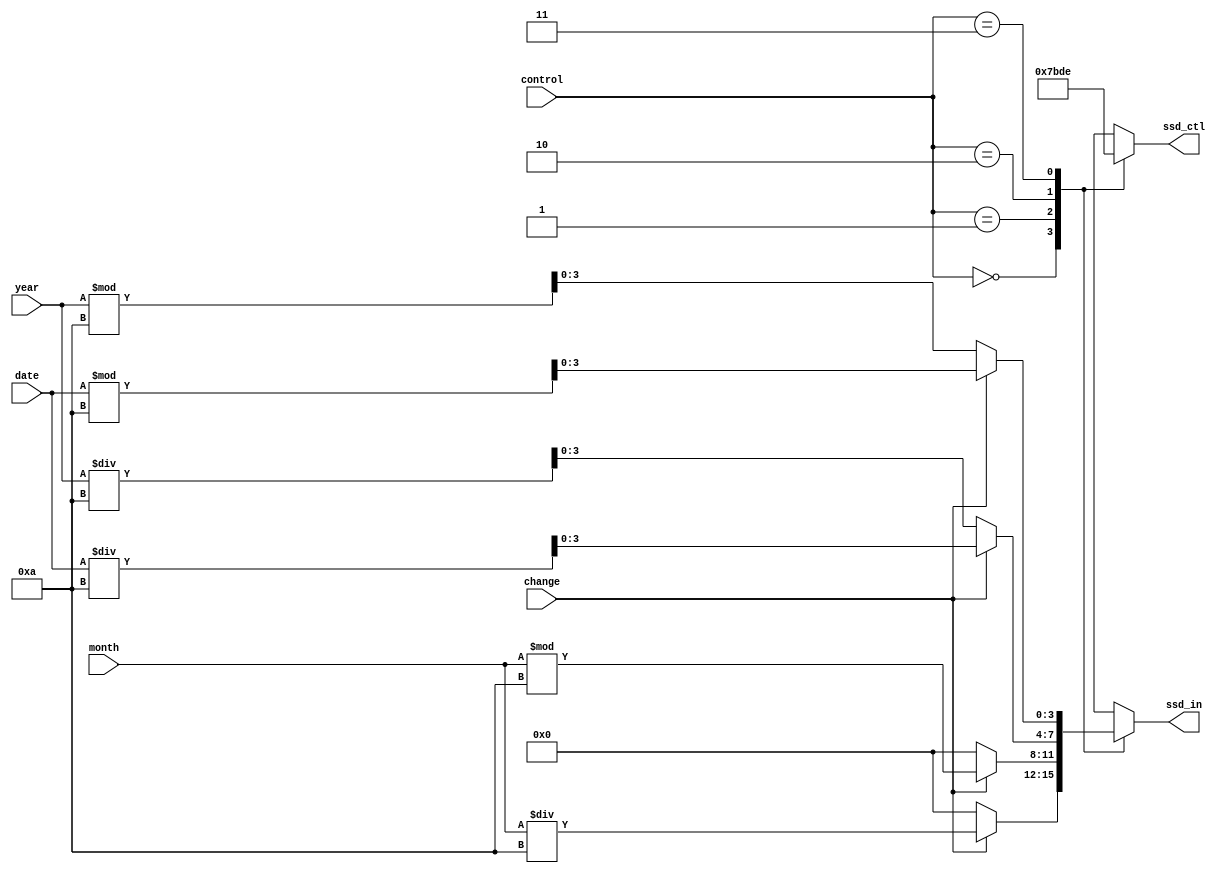
module scan(ssd_ctl, ssd_in, date, month, year, control, change);
    output reg [3:0] ssd_in;
    output reg [3:0] ssd_ctl;
    input change;
    input [4:0]date;
    input [3:0]month;
    input [6:0]year;
    input [1:0] control;
    
    always@*
        case(control)
              2'b00:
                  begin
                      ssd_ctl = 4'b0111;
                      if (change) ssd_in = month / 4'd10;
                      else ssd_in = 4'b0000;
                  end
              2'b01:
                  begin
                      ssd_ctl = 4'b1011;
                      if (change) ssd_in = month % 4'd10;
                      else ssd_in = 4'b0000;
                  end
              2'b10:
                  begin
                      ssd_ctl = 4'b1101;
                      if (change) ssd_in = date / 4'd10;
                      else ssd_in = year / 4'd10;
                  end
              2'b11:
                  begin
                      ssd_ctl = 4'b1110;
                      if (change) ssd_in = date % 4'd10;
                      else ssd_in = year % 4'd10;
                  end
              default:
                  begin
                      ssd_ctl = 4'b0000;
                      ssd_in = 4'b0000;
                  end
      endcase
      
 endmodule